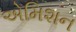
એમિશન